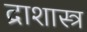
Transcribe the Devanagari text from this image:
द्राशास्त्र